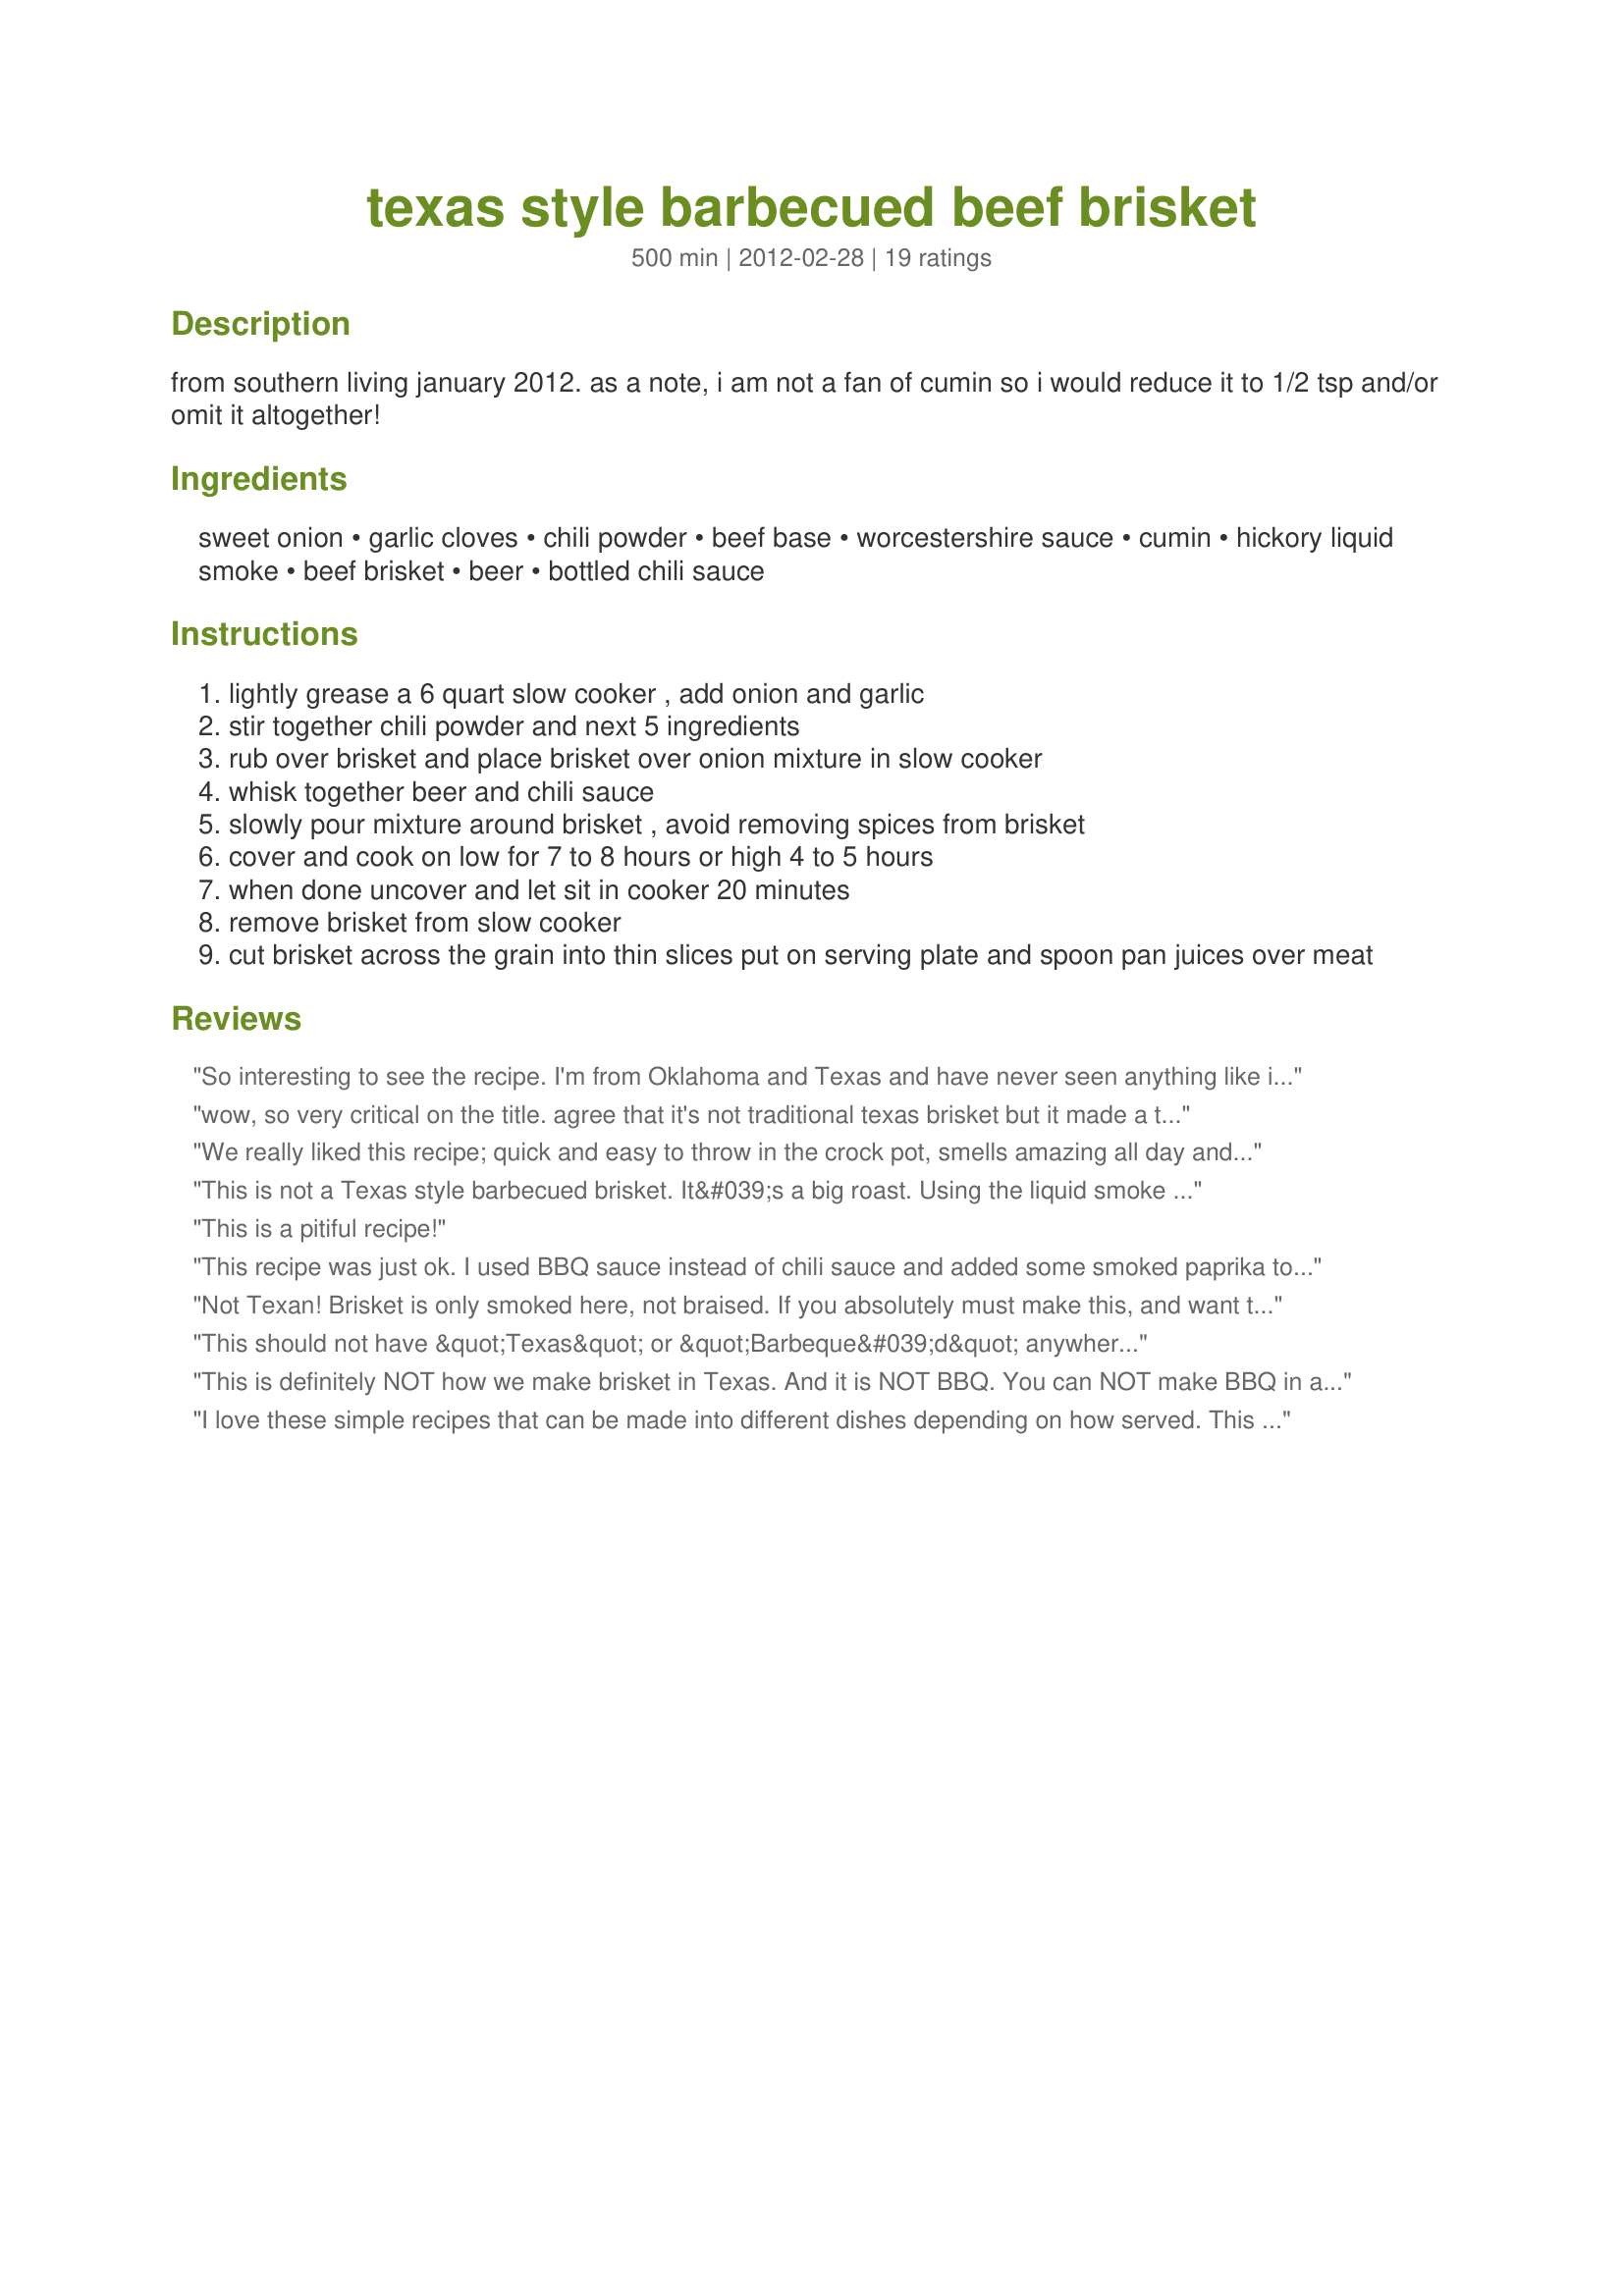
texas style barbecued beef brisket
Preparation time: 500 minutes

from southern living january 2012. as a note, i am not a fan of cumin so i would reduce it to 1/2 tsp and/or omit it altogether!

Ingredients:
sweet onion, garlic cloves, chili powder, beef base, worcestershire sauce, cumin, hickory liquid smoke, beef brisket, beer, bottled chili sauce

Steps:
lightly grease a 6 quart slow cooker , add onion and garlic
stir together chili powder and next 5 ingredients
rub over brisket and place brisket over onion mixture in slow cooker
whisk together beer and chili sauce
slowly pour mixture around brisket , avoid removing spices from brisket
cover and cook on low for 7 to 8 hours or high 4 to 5 hours
when done uncover and let sit in cooker 20 minutes
remove brisket from slow cooker
cut brisket across the grain into thin slices put on serving plate and spoon pan juices over meat

Reviews:
So interesting to see the recipe. I'm from Oklahoma and Texas and have never seen anything like it. Sort of like when I was in Michigan once and they put ketchup on meat and called it barbecue. Real barbecue has a scientific method to it and this may be tasty but definitely not barbecue. Real barbecue deserves respect. Thumbs down????????????
wow, so very critical on the title. agree that it's not traditional texas brisket but it made a tasty roast. sorry to the late Pappa D's memory.
We really liked this recipe; quick and easy to throw in the crock pot, smells amazing all day and tastes delicious! However, I'm not a huge fan of liquid smoke. I had a bad experience with it once, when I was young and still believed that, "If a little is good... then more is better!". LOL So, for me the flavor was just a bit too prominent in the end product. Next time, I'll cut it in half to leave just the hint of smoke. Thank you for posting this wonderful recipe, Papa. You were loved here and will be missed greatly. ((hugs)) Made & enjoyed for Papa D's Cookathon.
This is not a Texas style barbecued brisket. It&#039;s a big roast. Using the liquid smoke gives the meat a very distinct taste that in my opion is not very good.
This is a pitiful recipe!
This recipe was just ok. I used BBQ sauce instead of chili sauce and added some smoked paprika to the rub. I drained the fat from the pan juices and reduced it into a sauce to pour over top. The meat was so tender, I had difficulty slicing it because it just wanted to fall apart!
Not Texan! Brisket is only smoked here, not braised. If you absolutely must make this, and want to get something at least slightly Texan I would do the following. Do not omit the cumin, use double the chili powder (although this doesn&#039;t need to be a hot chili powder), add onion powder, garlic powder and use mesquite smoke, not hickory. And no self-respecting Texan recipe ever uses chili sauce. Ever.
This should not have &quot;Texas&quot; or &quot;Barbeque&#039;d&quot; anywhere in the name. We don&#039;t put brisket in the crock pot in Texas and BBQ&#039;d means cooked over an open flame of some sort. Neither of which this recipe contains. If you put a brisket in the crock pot or cook in an oven, that becomes a roast. And nothing should ever be touched with liquid smoke, yuk! &lt;br/&gt;&lt;br/&gt;Put it on a 220* smoker for 14 hours with some Pecan or Post Oak wood, then you have a Texas BBQ&#039;d brisket.
This is definitely NOT how we make brisket in Texas. And it is NOT BBQ. You can NOT make BBQ in an oven.
I love these simple recipes that can be made into different dishes depending on how served. This was wonderful recipe full of Texan flavors that can be dressed up or down. I made the recipe as written except I used half ketchup and half salsa for the bottled chili sauce. Since there are just two of us in our family, I served the brisket sliced very thinly for the first night dinner. Next day, I chopped the cooked brisket and made sandwiches with leftover toasted hot dog buns. There is still enough leftover for another meal and most likely will be made into some type of tacos or enchiladas. Thank you Papa D for this and all other recipes you have submitted. You will be missed by all of us here on Food.com. Rest in peace my friend.
I would never cook brisket in a crockpot (LIVED IN THAT PART OF COUNTRY FOR 11YRS.) i hAVE cooked a pork roast for pulled por that way. I have pre-cooked it for an hr. on LOW in the oven. You can use a rub with your favorite flavors,ie. chili powder. I POUR MY FAVORITE barbecue sauce plus a dash or two of Lea &amp; PER RINS eFOIL AND LET THE MEAT CRISP UP&gt;
No. No. No. That's all I can say. No!
Why ruin a perfectly good brisket with this idiotic recipe. Buy a cheap chuck roast or a pork butt...just don't call it barbecue. I don't have to try this to know it's garbage. Bah.
Wonderful flavor and EX to throw in the crockpot and let it go all day. I served with mashed taters. The only change was to use less liquid smoke. Thanks for sharing this gem PapaD. RIP.
Remove this. Texas shouldn't even be in this recipe. Whatdid you do just grab a bunch of recipes from a box and assign State Names. This is like something from the Philippines and called BBQ.
Born and bred in Texas and if you served this here you better be on the next bus out of town!
Chili powder and cumin have no business being anywhere near barbeque! Chili and barbeque are two totally different genres! BTW, only a yankee would put beans in chili; that's just wrong.
Oh sorry guys. This ain't it. Just had some wonderful brisket last night. It's a dry rub thing and a slow smoke thing with a well done crunchy-ness (especially on the end parts which are my favorites) and a nice red center. It should be very tender but still let ya cut it into slices. It is for sure not wet and don't pour any juices over it! Come on down to DFW and get some real Texas BBQ! You're welcome!
What is jarred beef base
